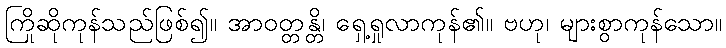
ကြိုဆိုကုန်သည်ဖြစ်၍။ အာဝတ္တန္တိ၊ ရှေ့ရှုလာကုန်၏။ ဗဟု၊ များစွာကုန်သော။